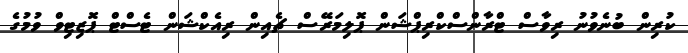
ކުރިން ބުނެވުނު ރިވާސް ޓްރާންސްކްރިޕްޝަން ޕޮލިމަރޭސް ޗެއިން ރިއެކްޝަން ޓެސްޓް ޕޮޒިޓިވް ވުމުގެ